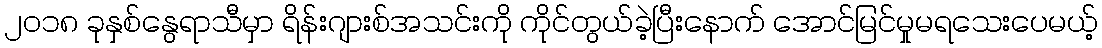
၂၀၁၈ ခုနှစ်နွေရာသီမှာ ရိန်းဂျားစ်အသင်းကို ကိုင်တွယ်ခဲ့ပြီးနောက် အောင်မြင်မှုမရသေးပေမယ့်